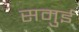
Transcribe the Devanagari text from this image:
समुई